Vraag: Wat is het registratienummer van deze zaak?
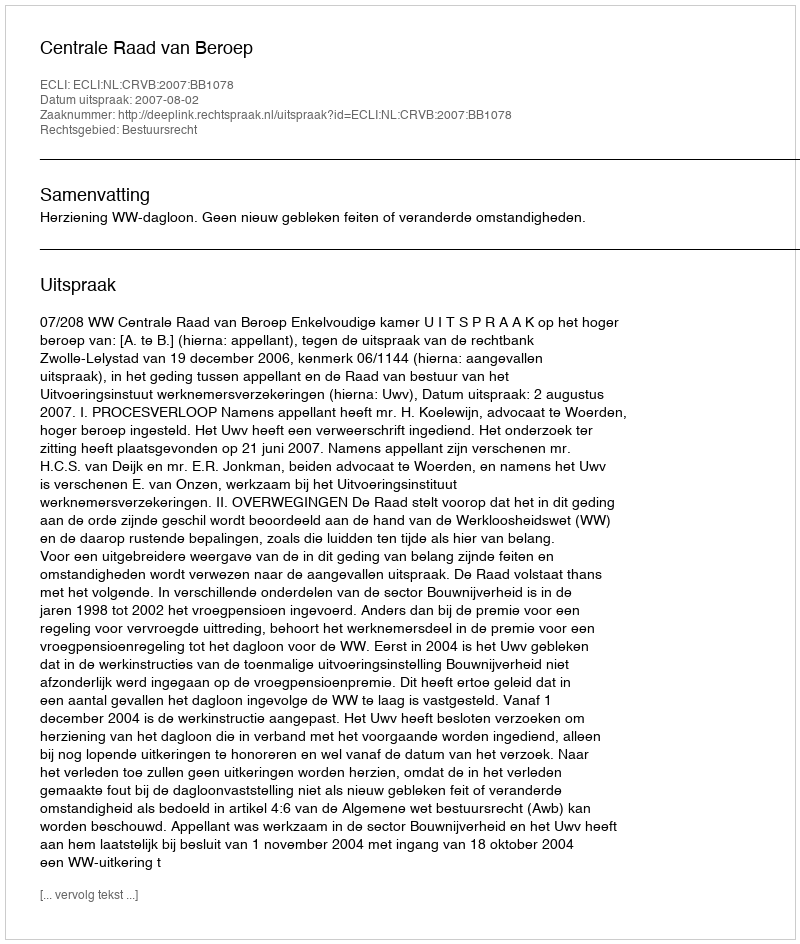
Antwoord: http://deeplink.rechtspraak.nl/uitspraak?id=ECLI:NL:CRVB:2007:BB1078